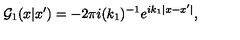
{ \cal G } _ { 1 } ( x | x ^ { \prime } ) = - 2 \pi i ( k _ { 1 } ) ^ { - 1 } e ^ { i k _ { 1 } | x - x ^ { \prime } | } ,